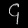
Digit: ၄